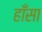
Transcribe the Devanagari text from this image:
हाँसा